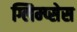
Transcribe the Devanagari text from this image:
ग्लिम्प्सेस